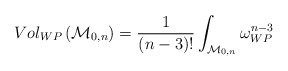
\begin{align*}Vol_{WP}\left({\cal M}_{0,n}\right)=\frac{1}{(n-3)!}\int_{{\cal M}_{0,n}}\omega_{WP}^{n-3}\end{align*}